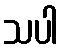
သပါ